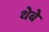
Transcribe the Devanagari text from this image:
थेबे